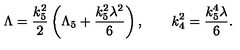
\Lambda = \frac { k _ { 5 } ^ { 2 } } 2 \left( \Lambda _ { 5 } + \frac { k _ { 5 } ^ { 2 } \lambda ^ { 2 } } 6 \right) , \qquad k _ { 4 } ^ { 2 } = \frac { k _ { 5 } ^ { 4 } \lambda } 6 .